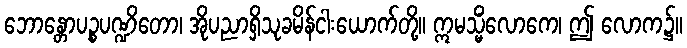
ဘောန္တောပဉ္စပဏ္ဍိတော၊ အိုပညာရှိသုခမိန်ငါးယောက်တို့။ ဣမသ္မိံလောကေ၊ ဤ လောက၌။